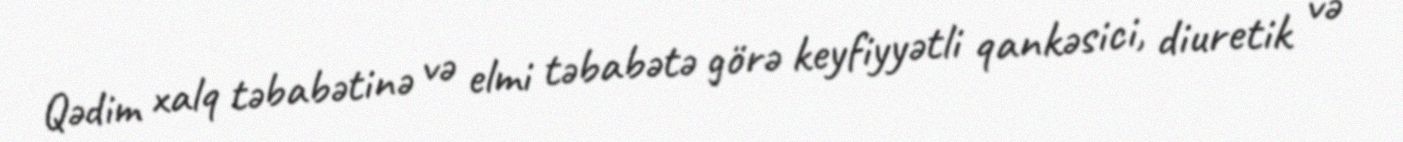
Qədim xalq təbabətinə və elmi təbabətə görə keyfiyyətli qankəsici, diuretik və